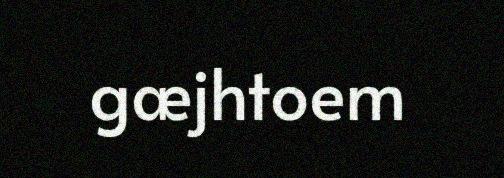
gæjhtoem